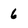
Character: 6